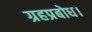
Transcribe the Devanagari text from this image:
ग्रहप्रबोध।